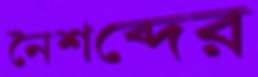
নৈশব্দের